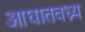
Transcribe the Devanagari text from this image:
आघातवध्र्य